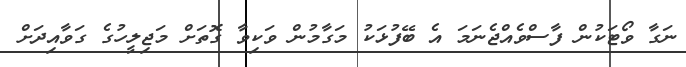
ނަގާ ވޯޓަކުން ފާސްވެއްޖެނަމަ އެ ބޭފުޅަކު މަގާމުން ވަކިވާ ގޮތަށް މަޖިލީހުގެ ގަވާއިދަށް